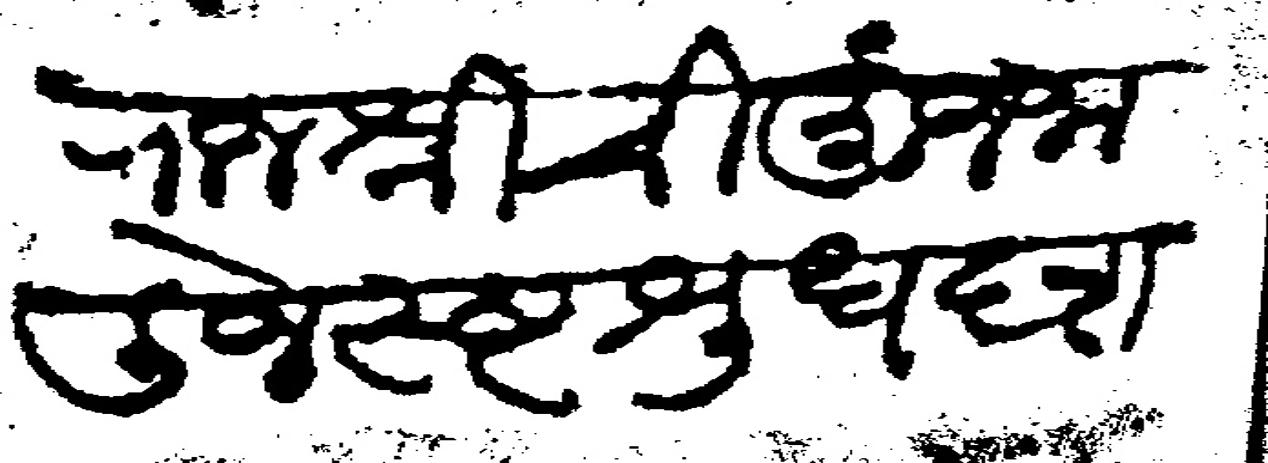
Transliteration (Devanagari): राजश्रीची मुंज जाली जेस्ष्ट श्रुध ६ शनिवारी